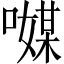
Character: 𠿃